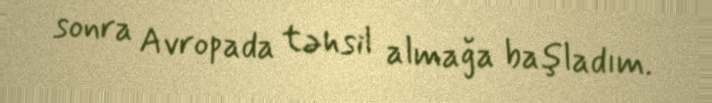
sonra Avropada təhsil almağa başladım.